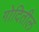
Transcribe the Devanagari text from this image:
गोदितील